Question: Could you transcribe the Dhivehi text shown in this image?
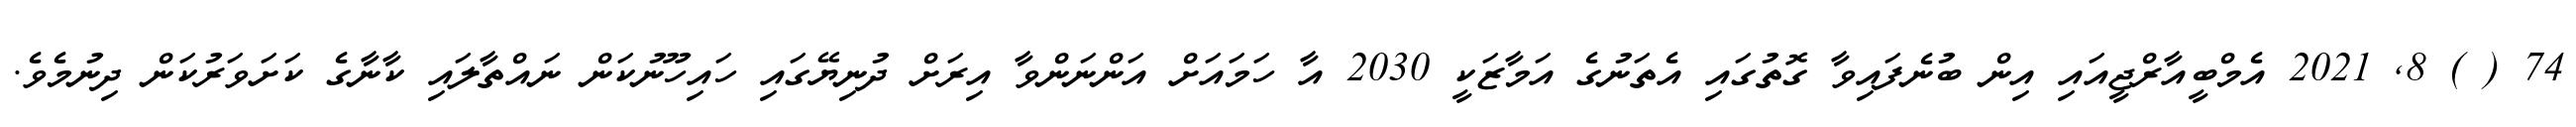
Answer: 74 ( ) 8, 2021 އެމްބީއާރްޖީއައި އިން ބުނެފައިވާ ގޮތުގައި އެތަނުގެ އަމާޒަކީ 2030 އާ ހަމައަށް އަންނަންވާ އިރަށް ދުނިޔޭގައި ހައިހޫނުކަން ނައްތާލައި ކާނާގެ ކަށަވަރުކަން ދިނުމެވެ.